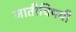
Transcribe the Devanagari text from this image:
जातीविषयी